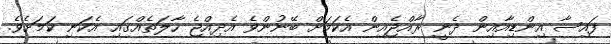
ފައިސާ އިންޑިއާއިން ދެނީ ރާއްޖެއިން އެކަމަށް ބޭނުންވެ އެދިއްޖެ ހާލަތެއްގައި އެކަނި ކަމަށެވެ.